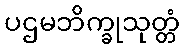
ပဌမဘိက္ခုသုတ္တံ